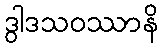
ဒွါဒသဝဿာနိ